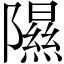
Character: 隰